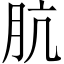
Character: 肮